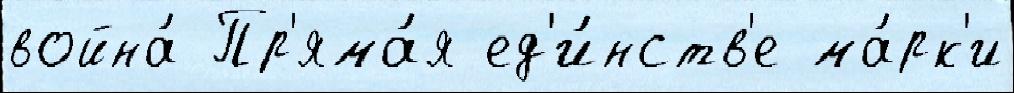
война́ Пр'яма́я ед'и́нств'е ма́рк'и